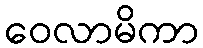
ဝေလာမိကာ